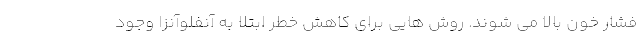
فشار خون بالا می شوند. روش هایی برای کاهش خطر ابتلا به آنفلوآنزا وجود